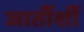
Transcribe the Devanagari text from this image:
जातींशीं